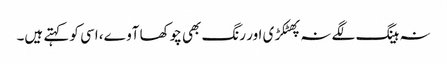
نہ ہینگ لگے نہ پھٹکڑی اور رنگ بھی چوکھا آوے، اسی کو کہتے ہیں۔